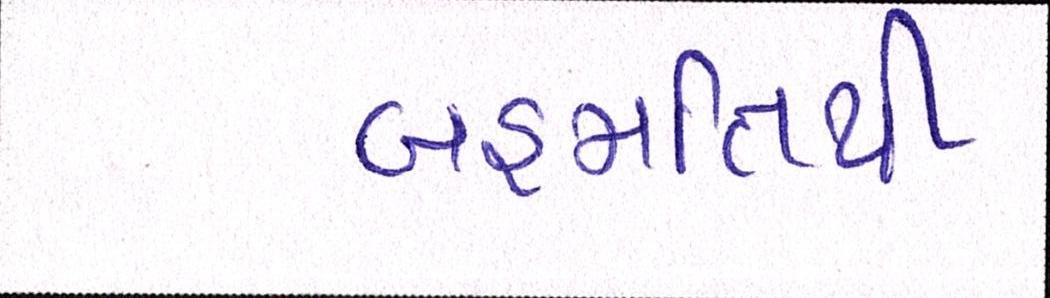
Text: બહમતિથી